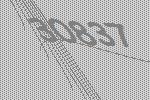
30837